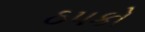
ઠ૫કો